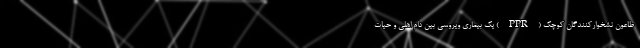
‌ طاعون نشخوارکنندگان کوچک (PPR) یک بیماری ویروسی بین دام اهلی و حیات